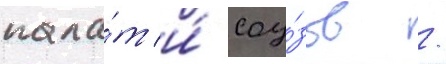
пала́т и́ соу́зов /